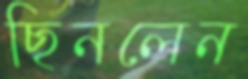
ছিনলেন